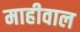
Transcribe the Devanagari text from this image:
माहीवाल